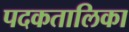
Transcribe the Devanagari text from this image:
पदकतालिका